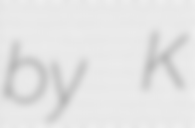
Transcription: by K